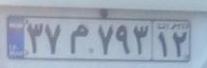
۳۷م۷۹۳۱۲